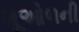
મૂઓળની